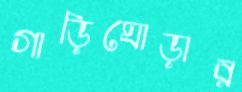
গাড়িঘোড়ার